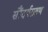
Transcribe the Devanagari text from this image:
सौंदर्यग्रहण